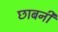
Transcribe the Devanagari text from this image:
छाबनी